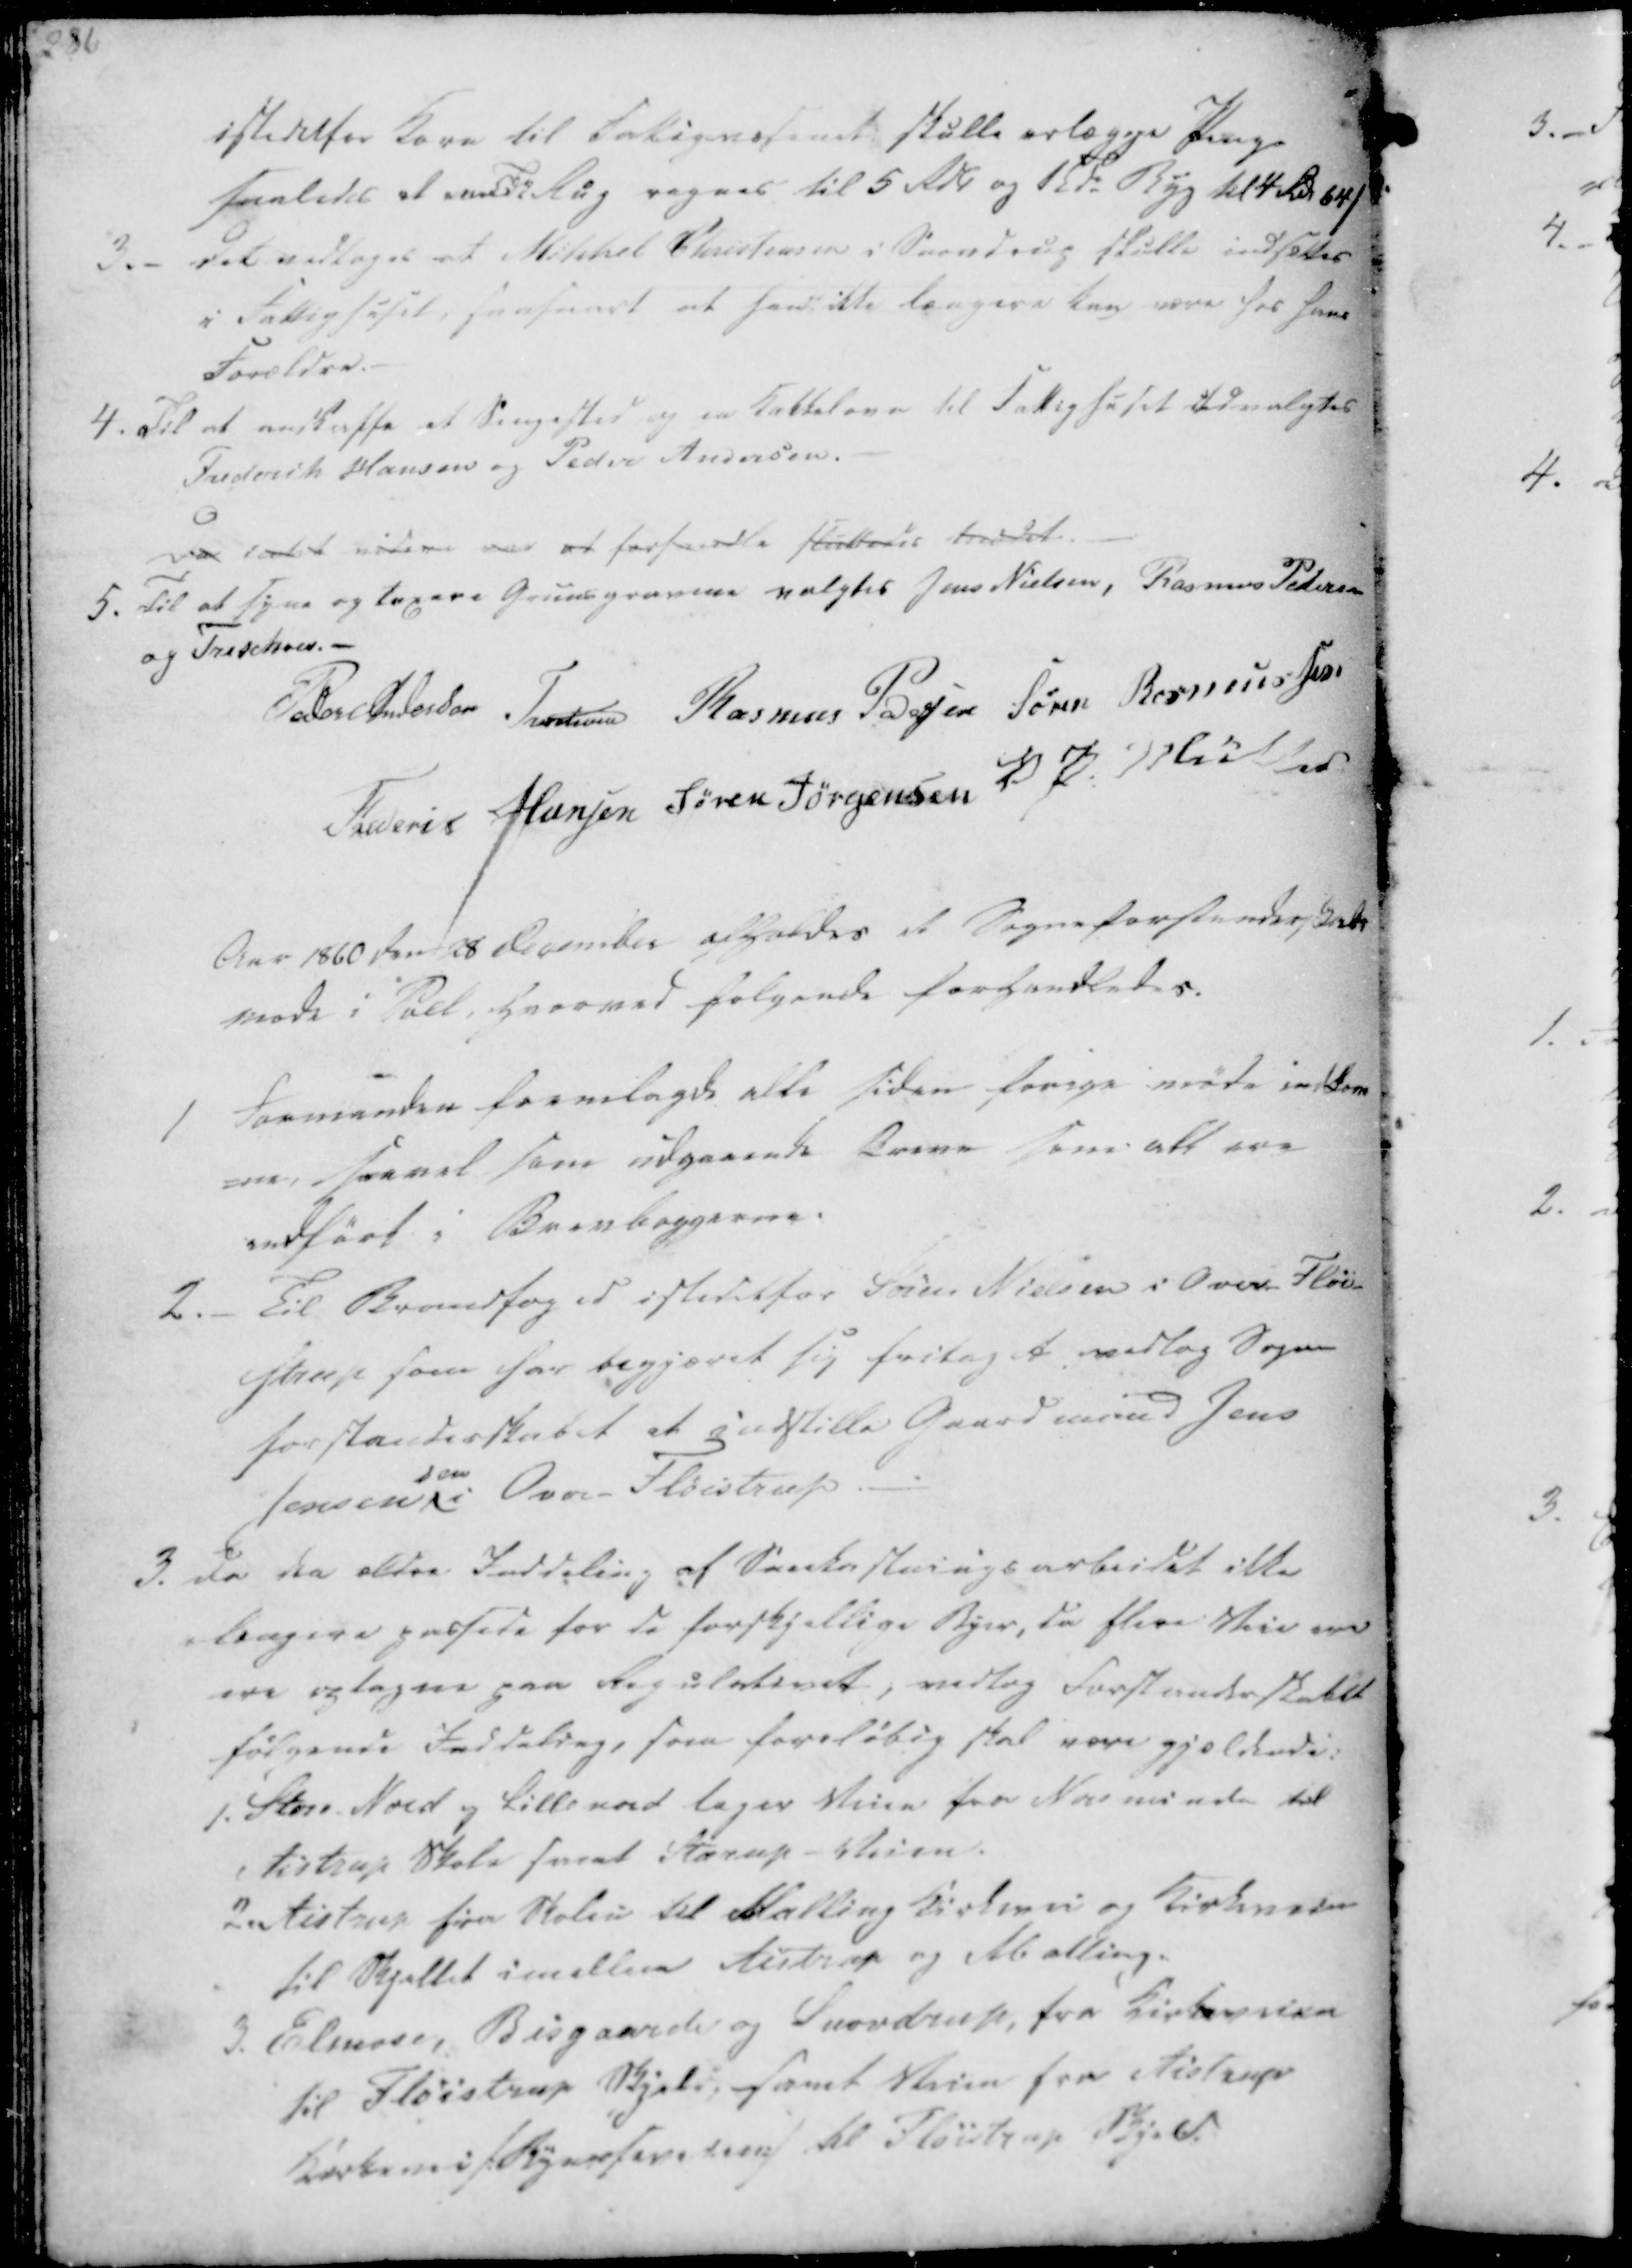
Transskription:
istedetfor Korn til Fattigvæsenet skulle erlægge Penge
saaaledes at ved Td Rug regnes til 5 Rdl og 1 Tde Byg til 4 Rdr 64/

3.- Det vedtages at Mikkel Christensen i Snovdrup skulle indsættes
i Fattighuset, saasnart at han ikke længere kan være hos hans
Forældre.
4. Til at anskaffe et Sengested og en Kakkelovn til Fattighuset Udvalgtes
Frederik Hansen og Peder Andersen.
Da intet videre var at forhandle sluttedes Mødet.
5. Til at syne og taxere Gruusgravene valgtes Jens Nielsen, Rasmus Pedersen
og Treschov-.

Peder Andersen
Treschov
Rasmus Pedersen
Søren Rasmussen
Frederik Hansen
Søren Jørgensen
V. P. Müller

Aar 1860 den 28 December afholdes et Sogneforstanderskabs
møde i Pøel, hvorved følgende forhandledes.

1 Formanden fremlagde alle siden forige møde indkom
-ne, saavel som udgaaende Breve som alt ere
indført i Brevbøggerne.
2._ Til Brandfoged istedetfor Søren Nielsen i Over Fløi-
strup som har begjæret sig fritaget, vedtog Sogne
forstanderskabet at indstille Gaardmand Jens
Jensen i Over-Fløistrup

3. Da den ældre Inddeling af Sneekastningsarbeidet ikke
længere passede for de forskjellige Byer, da flere Veie om
ere optagne paa Regulativet, vedtog Forstanderskabet
følgende Inddeling, som foreløbig skal være gjældende:
1. Store Nord og Lillenord tager Veien fra Norsminde til
Aistrup Skole samt Starup - Veien.
2. Aistrup fra Skolen til Malling Kirkevei og Kirkeveien
til Skjellet imellem Aistrup og Malling.
3. Elmose, Bisgaarde og Snovstrup, fra Kirkeveien
til Fløistrup Skjeld, samt Veien fra Aistrup
Kirkevei/Byessen den/ til Fløistrup Skjeld.